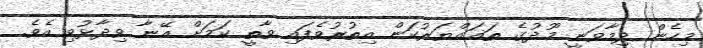
މިހެން ދިމާވަނީ މޫދުގެ ތަޣައްޔަރުކަން އިތުރުވެފައި ވާތީ ކަމަށް އޭނާ ވިދާޅުވި އެވެ.